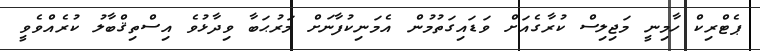
ޕެޓްރިކް ހާމިނީ މަޖިލިސް ކުރާގެއަށް ވަޑައިގަތުމުން އެމަނިކުފާނަށް މަރުޙަބާ ވިދާޅުވެ އިސްތިޤްބާލު ކުރެއްވެވީ